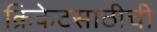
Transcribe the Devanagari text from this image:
क्रिकेटसाठीची